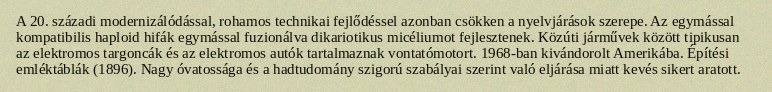
A 20. századi modernizálódással, rohamos technikai fejlődéssel azonban csökken a nyelvjárások szerepe. Az egymással kompatibilis haploid hifák egymással fuzionálva dikariotikus micéliumot fejlesztenek. Közúti járművek között tipikusan az elektromos targoncák és az elektromos autók tartalmaznak vontatómotort. 1968-ban kivándorolt Amerikába. Építési emléktáblák (1896). Nagy óvatossága és a hadtudomány szigorú szabályai szerint való eljárása miatt kevés sikert aratott.